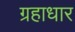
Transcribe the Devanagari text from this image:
ग्रहाधार